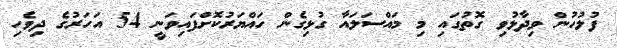
ފުލުހުން ވިދާޅުވި ގޮތުގައި މި މައްސަލައާ ގުޅިގެން ހައްޔަރުކޮށްފައިވަނީ 54 އަހަރުގެ ދިވެހި